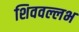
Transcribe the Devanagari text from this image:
शिववल्लभ